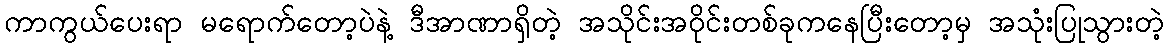
ကာကွယ်ပေးရာ မရောက်တော့ပဲနဲ့ ဒီအာဏာရှိတဲ့ အသိုင်းအဝိုင်းတစ်ခုကနေပြီးတော့မှ အသုံးပြုသွားတဲ့